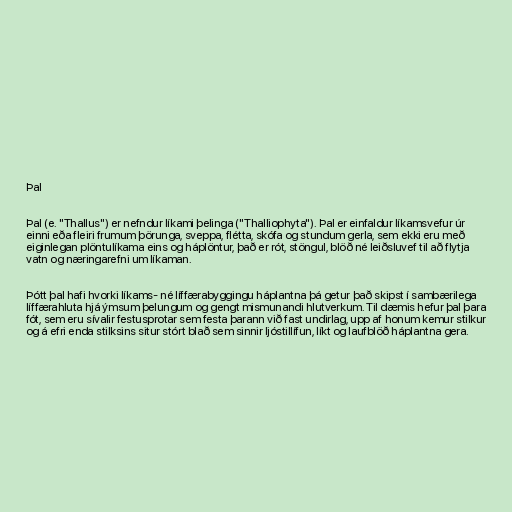
Þal

Þal (e. "Thallus") er nefndur líkami þelinga ("Thalliophyta"). Þal er einfaldur líkamsvefur úr
einni eða fleiri frumum þörunga, sveppa, flétta, skófa og stundum gerla, sem ekki eru með
eiginlegan plöntulíkama eins og háplöntur, það er rót, stöngul, blöð né leiðsluvef til að flytja
vatn og næringarefni um líkaman.

Þótt þal hafi hvorki líkams- né líffærabyggingu háplantna þá getur það skipst í sambærilega
líffærahluta hjá ýmsum þelungum og gengt mismunandi hlutverkum. Til dæmis hefur þal þara
fót, sem eru sívalir festusprotar sem festa þarann við fast undirlag, upp af honum kemur stilkur
og á efri enda stilksins situr stórt blað sem sinnir ljóstillífun, líkt og laufblöð háplantna gera.